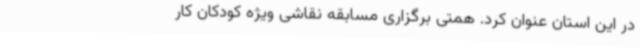
در این استان عنوان کرد. همتی برگزاری مسابقه نقاشی ویژه کودکان کار